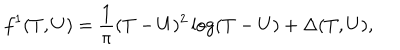
f ^ { 1 } ( T , U ) = { \frac { 1 } { \pi } } ( T - U ) ^ { 2 } \log ( T - U ) + \Delta ( T , U ) ,